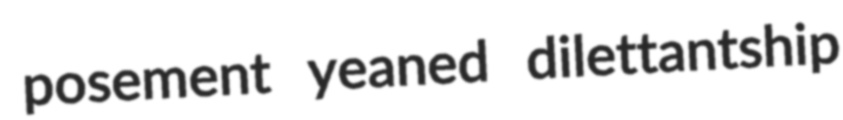
posement yeaned dilettantship